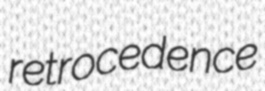
retrocedence